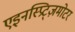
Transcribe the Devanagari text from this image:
एइनस्प्रिट्ज़मोटर